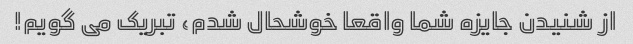
از شنیدن جایزه شما واقعا خوشحال شدم، تبریک می گویم!